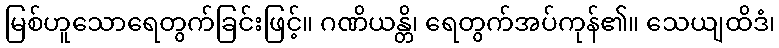
မြစ်ဟူသောရေတွက်ခြင်းဖြင့်။ ဂဏိယန္တိ၊ ရေတွက်အပ်ကုန်၏။ သေယျထိဒံ၊